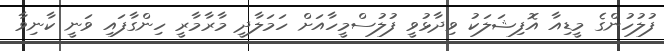
ފުލުހުންގެ މީޑިއާ އޮފިޝަލަކު ވިދާޅުވީ ފުލުސްމީހާއަށް ހަމަލާދީ މާރާމާރީ ހިންގާފައި ވަނީ ކާނިވާ